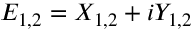
E _ { 1 , 2 } = X _ { 1 , 2 } + i Y _ { 1 , 2 }